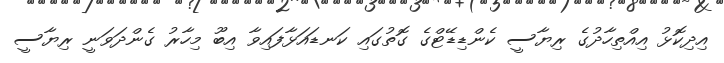
އިދިކޮޅު އިއްތިހާދުގެ ރިޔާސީ ކެންޑިޑޭޓްގެ ގޮތުގައި ކަނޑައަޅާފައިވާ އިބޫ މިހާރު ގެންދަވަނީ ރިޔާސީ